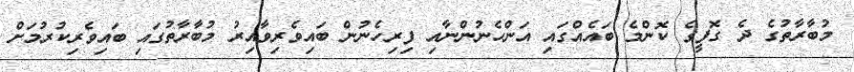
މުބާރާތުގެ ދެ ގޮފީގެ ކޮންމެ ބައެއްގައި އަންހެނުންނާއި ފިރިހެނުން ބައިވެރިވާއިރު މުބާރާތުގައި ބައިވެރިކުރުމަށް